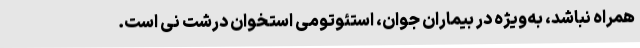
همراه نباشد، به‌ویژه در بیماران جوان، استئوتومی استخوان درشت نی است.